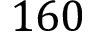
1 6 0